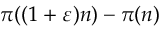
\pi ( ( 1 + \varepsilon ) n ) - \pi ( n )